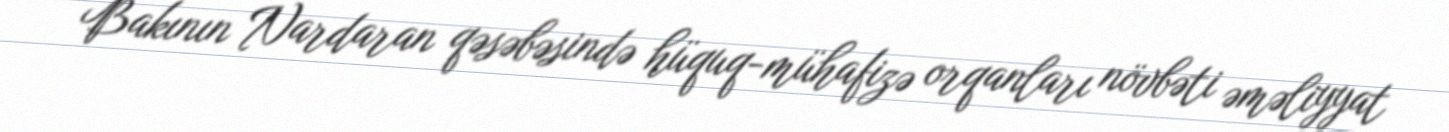
Bakının Nardaran qəsəbəsində hüquq-mühafizə orqanları növbəti əməliyyat